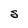
Character: S